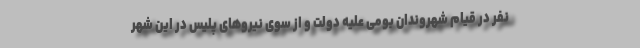
نفر در قیام شهروندان بومی علیه دولت و از سوی نیروهای پلیس در این شهر